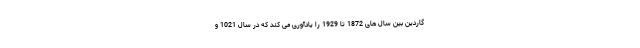
گاردین بین سال های 1872 تا 1929 را یادآوری می کند که در سال 1021 و